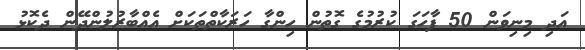
އަދި މިނިވަން 50 ފާހަގަ ކުރުމުގެ ގޮތުން ހިންގާ ހަރަކާތްތަކަށް އެއްބާރުލުންދޭން ދެކޮޅު